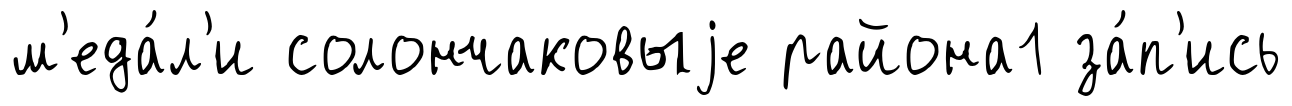
м'еда́л'и солончаковыjе района1 за́п'ись